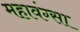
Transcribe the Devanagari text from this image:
महावंग्सा